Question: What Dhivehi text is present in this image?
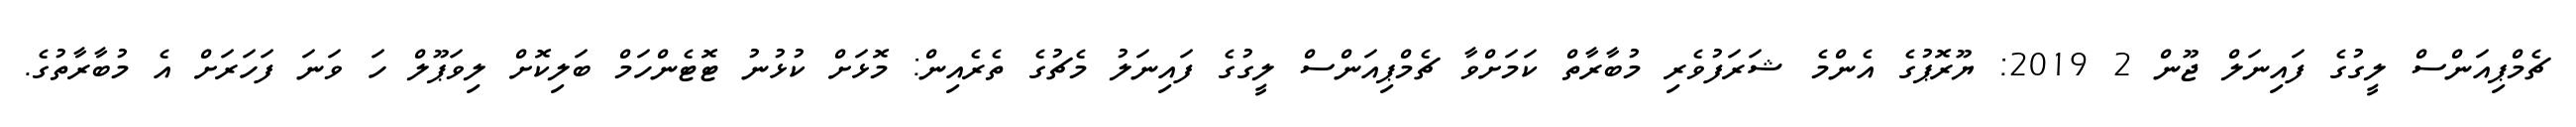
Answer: ޗެމްޕިއަންސް ލީގުގެ ފައިނަލް ޖޫން 2 2019: ޔޫރޮޕުގެ އެންމެ ޝަރަފުވެރި މުބާރާތް ކަމަށްވާ ޗެމްޕިއަންސް ލީގުގެ ފައިނަލު މެޗުގެ ތެރެއިން: މޮޅަށް ކުޅުނު ޓޮޓެންހަމް ބަލިކޮށް ލިވަޕޫލް ހަ ވަނަ ފަހަރަށް އެ މުބާރާތުގެ.